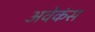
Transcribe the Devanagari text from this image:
अवेकंस